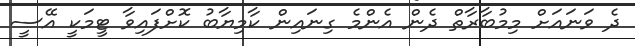
ދެ ވަނައަށް މިމުބާރާތް ދެން އެންމެ ގިނައިން ކާމިޔާބު ކޮށްފައިވާ ޓީމަކީ އޭސީ